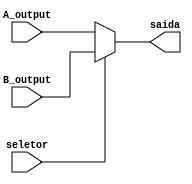
module shift_src(
    input  wire seletor,
        
    input wire [31:0] A_output,          // Registrador A - 0
    input wire [31:0] B_output,          // Registrador B - 1

    output wire [31:0] saida
);
    assign saida = (seletor ? B_output : A_output);
    // [0] = ent1, seno = ent0
endmodule